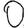
Digit: 0